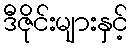
ဒီဇိုင်းများနှင့်